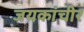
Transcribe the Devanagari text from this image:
जयकांचीर